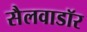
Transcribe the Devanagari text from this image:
सैलवाडॉर